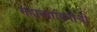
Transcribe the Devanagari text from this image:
सहाध्यायिनींची